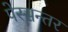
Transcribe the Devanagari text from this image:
पेस्सन्तर